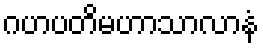
ဂဟပတိမဟာသာလာနံ